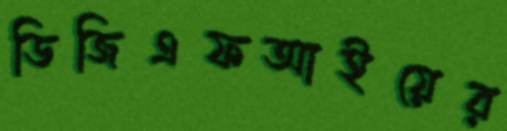
ডিজিএফআইয়ের